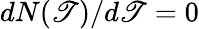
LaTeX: dN(\mathscr{T})/d\mathscr{T}=0